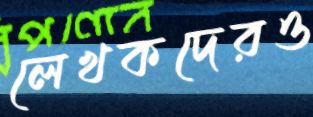
লেখকদেরও